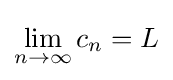
\lim _{n\to \infty }c_{n}=L